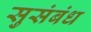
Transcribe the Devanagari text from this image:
सुसंबंध